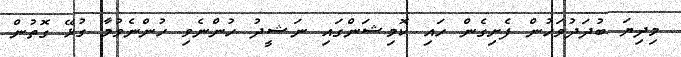
މިދިޔަ ބުދަދުވަހުން ފެށިގެން ހައި ކޮމިޝަންގައި ނަޝީދު ހުންނެވި ހުންނެވުމާ ގުޅޭ ގޮތުން